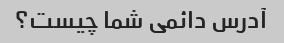
آدرس دائمی شما چیست؟